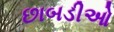
છાબડીઓ